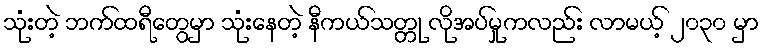
သုံးတဲ့ ဘက်ထရီတွေမှာ သုံးနေတဲ့ နီကယ်သတ္တု လိုအပ်မှုကလည်း လာမယ့် ၂၀၃၀ မှာ